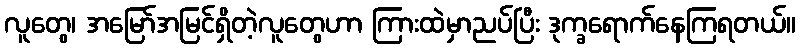
လူတွေ၊ အမြော်အမြင်ရှိတဲ့လူတွေဟာ ကြားထဲမှာညပ်ပြီး ဒုက္ခရောက်နေကြရတယ်။